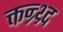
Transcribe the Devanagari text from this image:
क्तन्र्थ्र्द